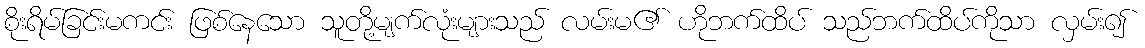
စိုးရိမ်ခြင်းမကင်း ဖြစ်နေသော သူတို့မျက်လုံးများသည် လမ်းမ၏ ဟိုဘက်ထိပ် သည်ဘက်ထိပ်ကိုသာ လှမ်း၍